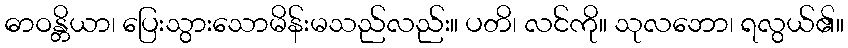
ဓာဝန္တိယာ၊ ပြေးသွားသောမိန်းမသည်လည်း။ ပတိ၊ လင်ကို။ သုလဘော၊ ရလွယ်၏။